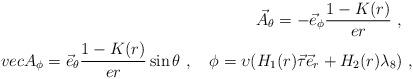
LaTeX: \begin{align*}\vec A_\theta = -\vec e_\phi \frac{1- K(r)}{e r} \ , \ \ \\vec A_\phi = \vec e_\theta \frac{1- K(r)}{e r} \sin \theta\ , \ \ \ \phi = \upsilon(H_1(r) \vec \tau \vec e_r + H_2(r) \lambda_8) \ ,\end{align*}